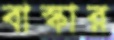
বাস্কার